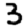
Digit: 3